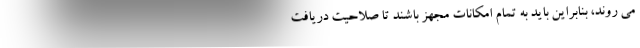
می روند، بنابراین باید به تمام امکانات مجهز باشند تا صلاحیت دریافت